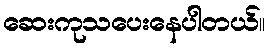
ဆေးကုသပေးနေပါတယ်။